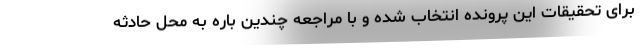
برای تحقیقات این پرونده انتخاب شده و با مراجعه چندین باره به محل حادثه